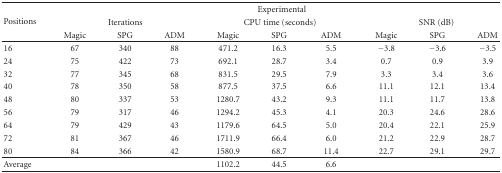
<table><thead><tr><td rowspan="3"><b>Positions</b></td><td colspan="9"><b>Experimental</b></td></tr><tr><td colspan="3"><b>Iterations</b></td><td colspan="3"><b>CPU time (seconds)</b></td><td colspan="3"><b>SNR (dB)</b></td></tr><tr><td><b>Magic </b></td><td><b>SPG</b></td><td><b>ADM</b></td><td><b>Magic </b></td><td><b>SPG</b></td><td><b>ADM</b></td><td><b>Magic </b></td><td><b>SPG</b></td><td><b>ADM</b></td></tr></thead><tbody><tr><td>16</td><td>67</td><td>340</td><td>88</td><td>471.2</td><td>16.3</td><td>5.5</td><td>−3.8</td><td>−3.6</td><td>−3.5</td></tr><tr><td>24</td><td>75</td><td>422</td><td>73</td><td>692.1</td><td>28.7</td><td>3.4</td><td>0.7</td><td>0.9</td><td>3.9</td></tr><tr><td>32</td><td>77</td><td>345</td><td>68</td><td>831.5</td><td>29.5</td><td>7.9</td><td>3.3</td><td>3.4</td><td>3.6</td></tr><tr><td>40</td><td>78</td><td>350</td><td>58</td><td>877.5</td><td>37.5</td><td>6.6</td><td>11.1</td><td>12.1</td><td>13.4</td></tr><tr><td>48</td><td>80</td><td>337</td><td>53</td><td>1280.7</td><td>43.2</td><td>9.3</td><td>11.1</td><td>11.7</td><td>13.8</td></tr><tr><td>56</td><td>79</td><td>317</td><td>46</td><td>1294.2</td><td>45.3</td><td>4.1</td><td>20.3</td><td>24.6</td><td>28.6</td></tr><tr><td>64</td><td>79</td><td>429</td><td>43</td><td>1179.6</td><td>64.5</td><td>5.0</td><td>20.4</td><td>22.1</td><td>25.9</td></tr><tr><td>72</td><td>81</td><td>367</td><td>46</td><td>1711.9</td><td>66.4</td><td>6.0</td><td>21.2</td><td>22.9</td><td>28.7</td></tr><tr><td>80</td><td>84</td><td>366</td><td>42</td><td>1580.9</td><td>68.7</td><td>11.4</td><td>22.7</td><td>29.1</td><td>29.7</td></tr><tr><td>Average</td><td> </td><td> </td><td> </td><td>1102.2</td><td>44.5</td><td>6.6</td><td> </td><td> </td><td> </td></tr></tbody></table>